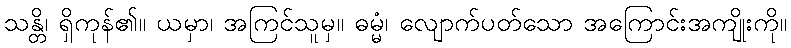
သန္တိ၊ ရှိကုန်၏။ ယမှာ၊ အကြင်သူမှ။ ဓမ္မံ၊ လျောက်ပတ်သော အကြောင်းအကျိုးကို။